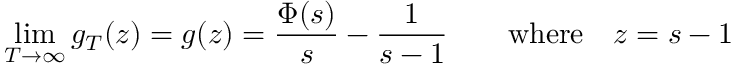
\operatorname* { l i m } _ { T \to \infty } g _ { T } ( z ) = g ( z ) = { \frac { \Phi ( s ) } { s } } - { \frac { 1 } { s - 1 } } \quad \quad { \mathrm { w h e r e } } \quad z = s - 1